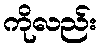
ကိုလည်း